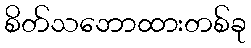
စိတ်သဘောထားတစ်ခု